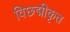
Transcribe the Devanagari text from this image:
विछद्मीकृत